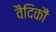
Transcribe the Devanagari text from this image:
वैदिकौं